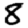
Digit: 8